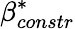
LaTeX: \beta_{constr}^{*}